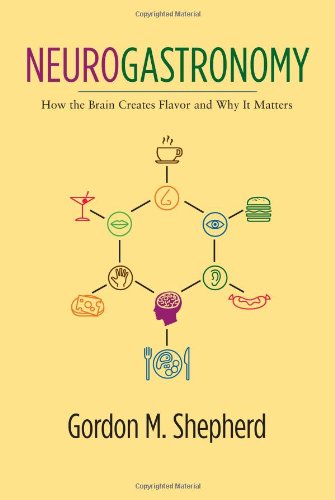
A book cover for Neurogastronomy: How the Brain Creates Flavor and Why It Matters; Gordon M. Shepherd; Medical Books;